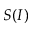
S ( I )